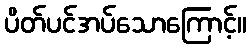
ပိတ်ပင်အပ်သောကြောင့်။